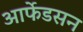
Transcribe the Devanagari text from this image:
आर्फेडसन